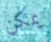
يمكن